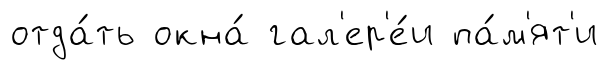
отда́ть окна́ гал'ер'е́и па́м'ят'и